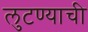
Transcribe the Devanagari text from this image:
लुटण्याची